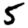
Digit: 5